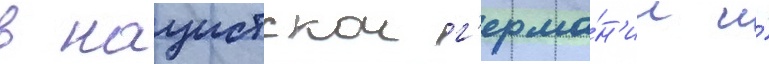
в нацистскои г'ерма́н'ии и́